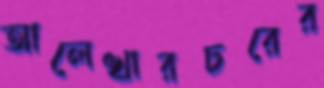
আলেখারচরের